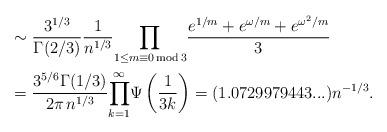
LaTeX: \begin{align*}& \sim\frac{3^{1/3}}{\Gamma(2/3)}\frac1{n^{1/3}}{\displaystyle\prod\limits_{1\leq m\equiv0\operatorname*{mod}3}}\frac{e^{1/m}+e^{\omega/m}+e^{\omega^{2}/m}}3\\& =\frac{3^{5/6}\Gamma(1/3)}{2\pi\,n^{1/3}}{\displaystyle\prod\limits_{k=1}^{\infty}}\Psi\left( \frac1{3k}\right) =(1.0729979443...)n^{-1/3}.\end{align*}